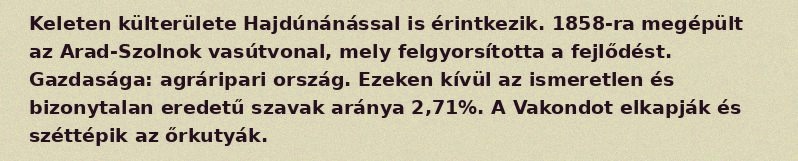
Keleten külterülete Hajdúnánással is érintkezik. 1858-ra megépült az Arad-Szolnok vasútvonal, mely felgyorsította a fejlődést. Gazdasága: agráripari ország. Ezeken kívül az ismeretlen és bizonytalan eredetű szavak aránya 2,71%. A Vakondot elkapják és széttépik az őrkutyák.